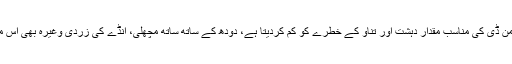
تحقیق میں بتایا گیا ہے کہ جسم میں وٹامن ڈی کی مناسب مقدار دہشت اور تناؤ کے خطرے کو کم کردیتا ہے، دودھ کے ساتھ ساتھ مچھلی، انڈے کی زردی وغیرہ بھی اس مقصد کے لیے فائدہ مند ثابت ہوتے ہیں۔